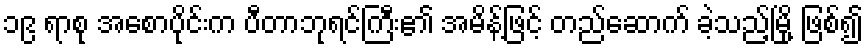
၁၉ ရာစု အစောပိုင်းက ပီတာဘုရင်ကြီး၏ အမိန့်ဖြင့် တည်ဆောက် ခဲ့သည့်မြို့ ဖြစ်၍